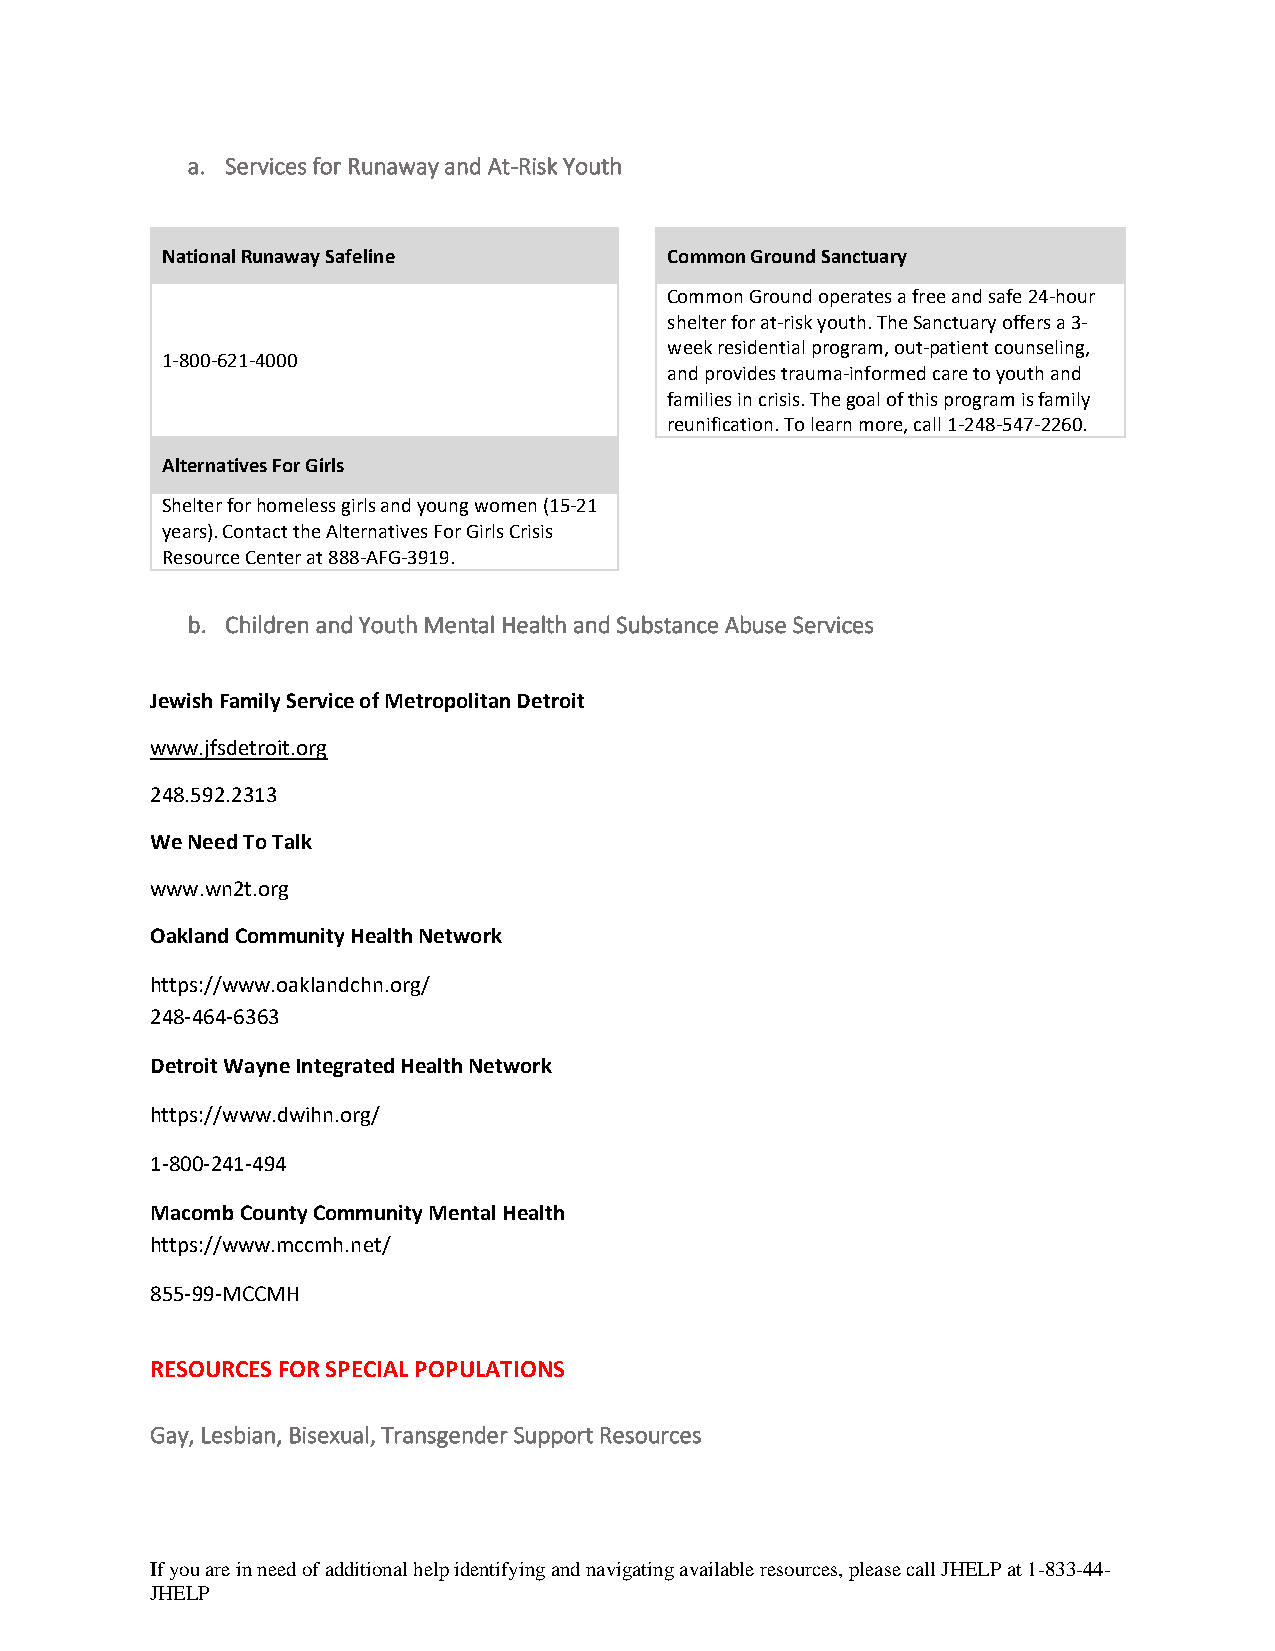
a. Services for Runaway and At-Risk Youth
 National Runaway Safeline        Common Ground Sanctuary
 Common Ground operates a free and safe 24-hour
 shelter for at-risk youth. The Sanctuary offers a 3-
 week residential program, out-patient counseling,
 1-800-621-4000
 and provides trauma-informed care to youth and
 families in crisis. The goal of this program is family
 reunification. To learn more, call 1-248-547-2260.
 Alternatives For Girls
 Shelter for homeless girls and young women (15-21
 years). Contact the Alternatives For Girls Crisis
 Resource Center at 888-AFG-3919.
 b. Children and Youth Mental Health and Substance Abuse Services
 Jewish Family Service of Metropolitan Detroit
 www.jfsdetroit.org
 248.592.2313
 We Need To Talk
 www.wn2t.org
 Oakland Community Health Network
 https://www.oaklandchn.org/
 248-464-6363
 Detroit Wayne Integrated Health Network
 https://www.dwihn.org/
 1-800-241-494
 Macomb County Community Mental Health
 https://www.mccmh.net/
 855-99-MCCMH
 RESOURCES FOR SPECIAL POPULATIONS
 Gay, Lesbian, Bisexual, Transgender Support Resources
 If you are in need of additional help identifying and navigating available resources, please call JHELP at 1-833-44-
 JHELP